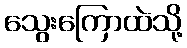
သွေးကြောထဲသို့